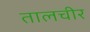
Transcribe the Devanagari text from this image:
तालचीर